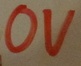
Text: 0V